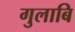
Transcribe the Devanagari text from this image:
गुलाबि